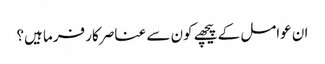
ان عوامل کے پیچھے کون سے عناصر کار فرما ہیں؟